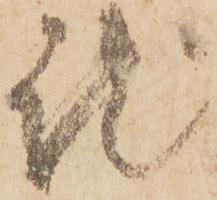
就